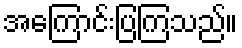
အကြောင်းပြကြသည်။